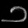
Digit: ၁